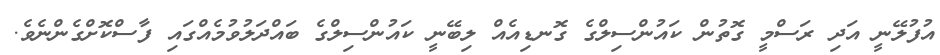
އުފުލޭނީ އަދި ރަސްމީ ގޮތުން ކައުންސިލްގެ ގޮނޑިއެއް ލިބޭނީ ކައުންސިލްގެ ބައްދަލުވުމެއްގައި ފާސްކޮށްގެންނެވެ.